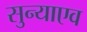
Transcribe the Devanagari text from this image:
सुन्याएव